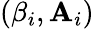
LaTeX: (\beta_{i},\mathbf{A}_{i})